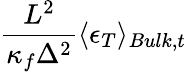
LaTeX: \frac{L^{2}}{\kappa_{f}\Delta^{2}}\langle\epsilon_{T}\rangle_{Bulk,t}